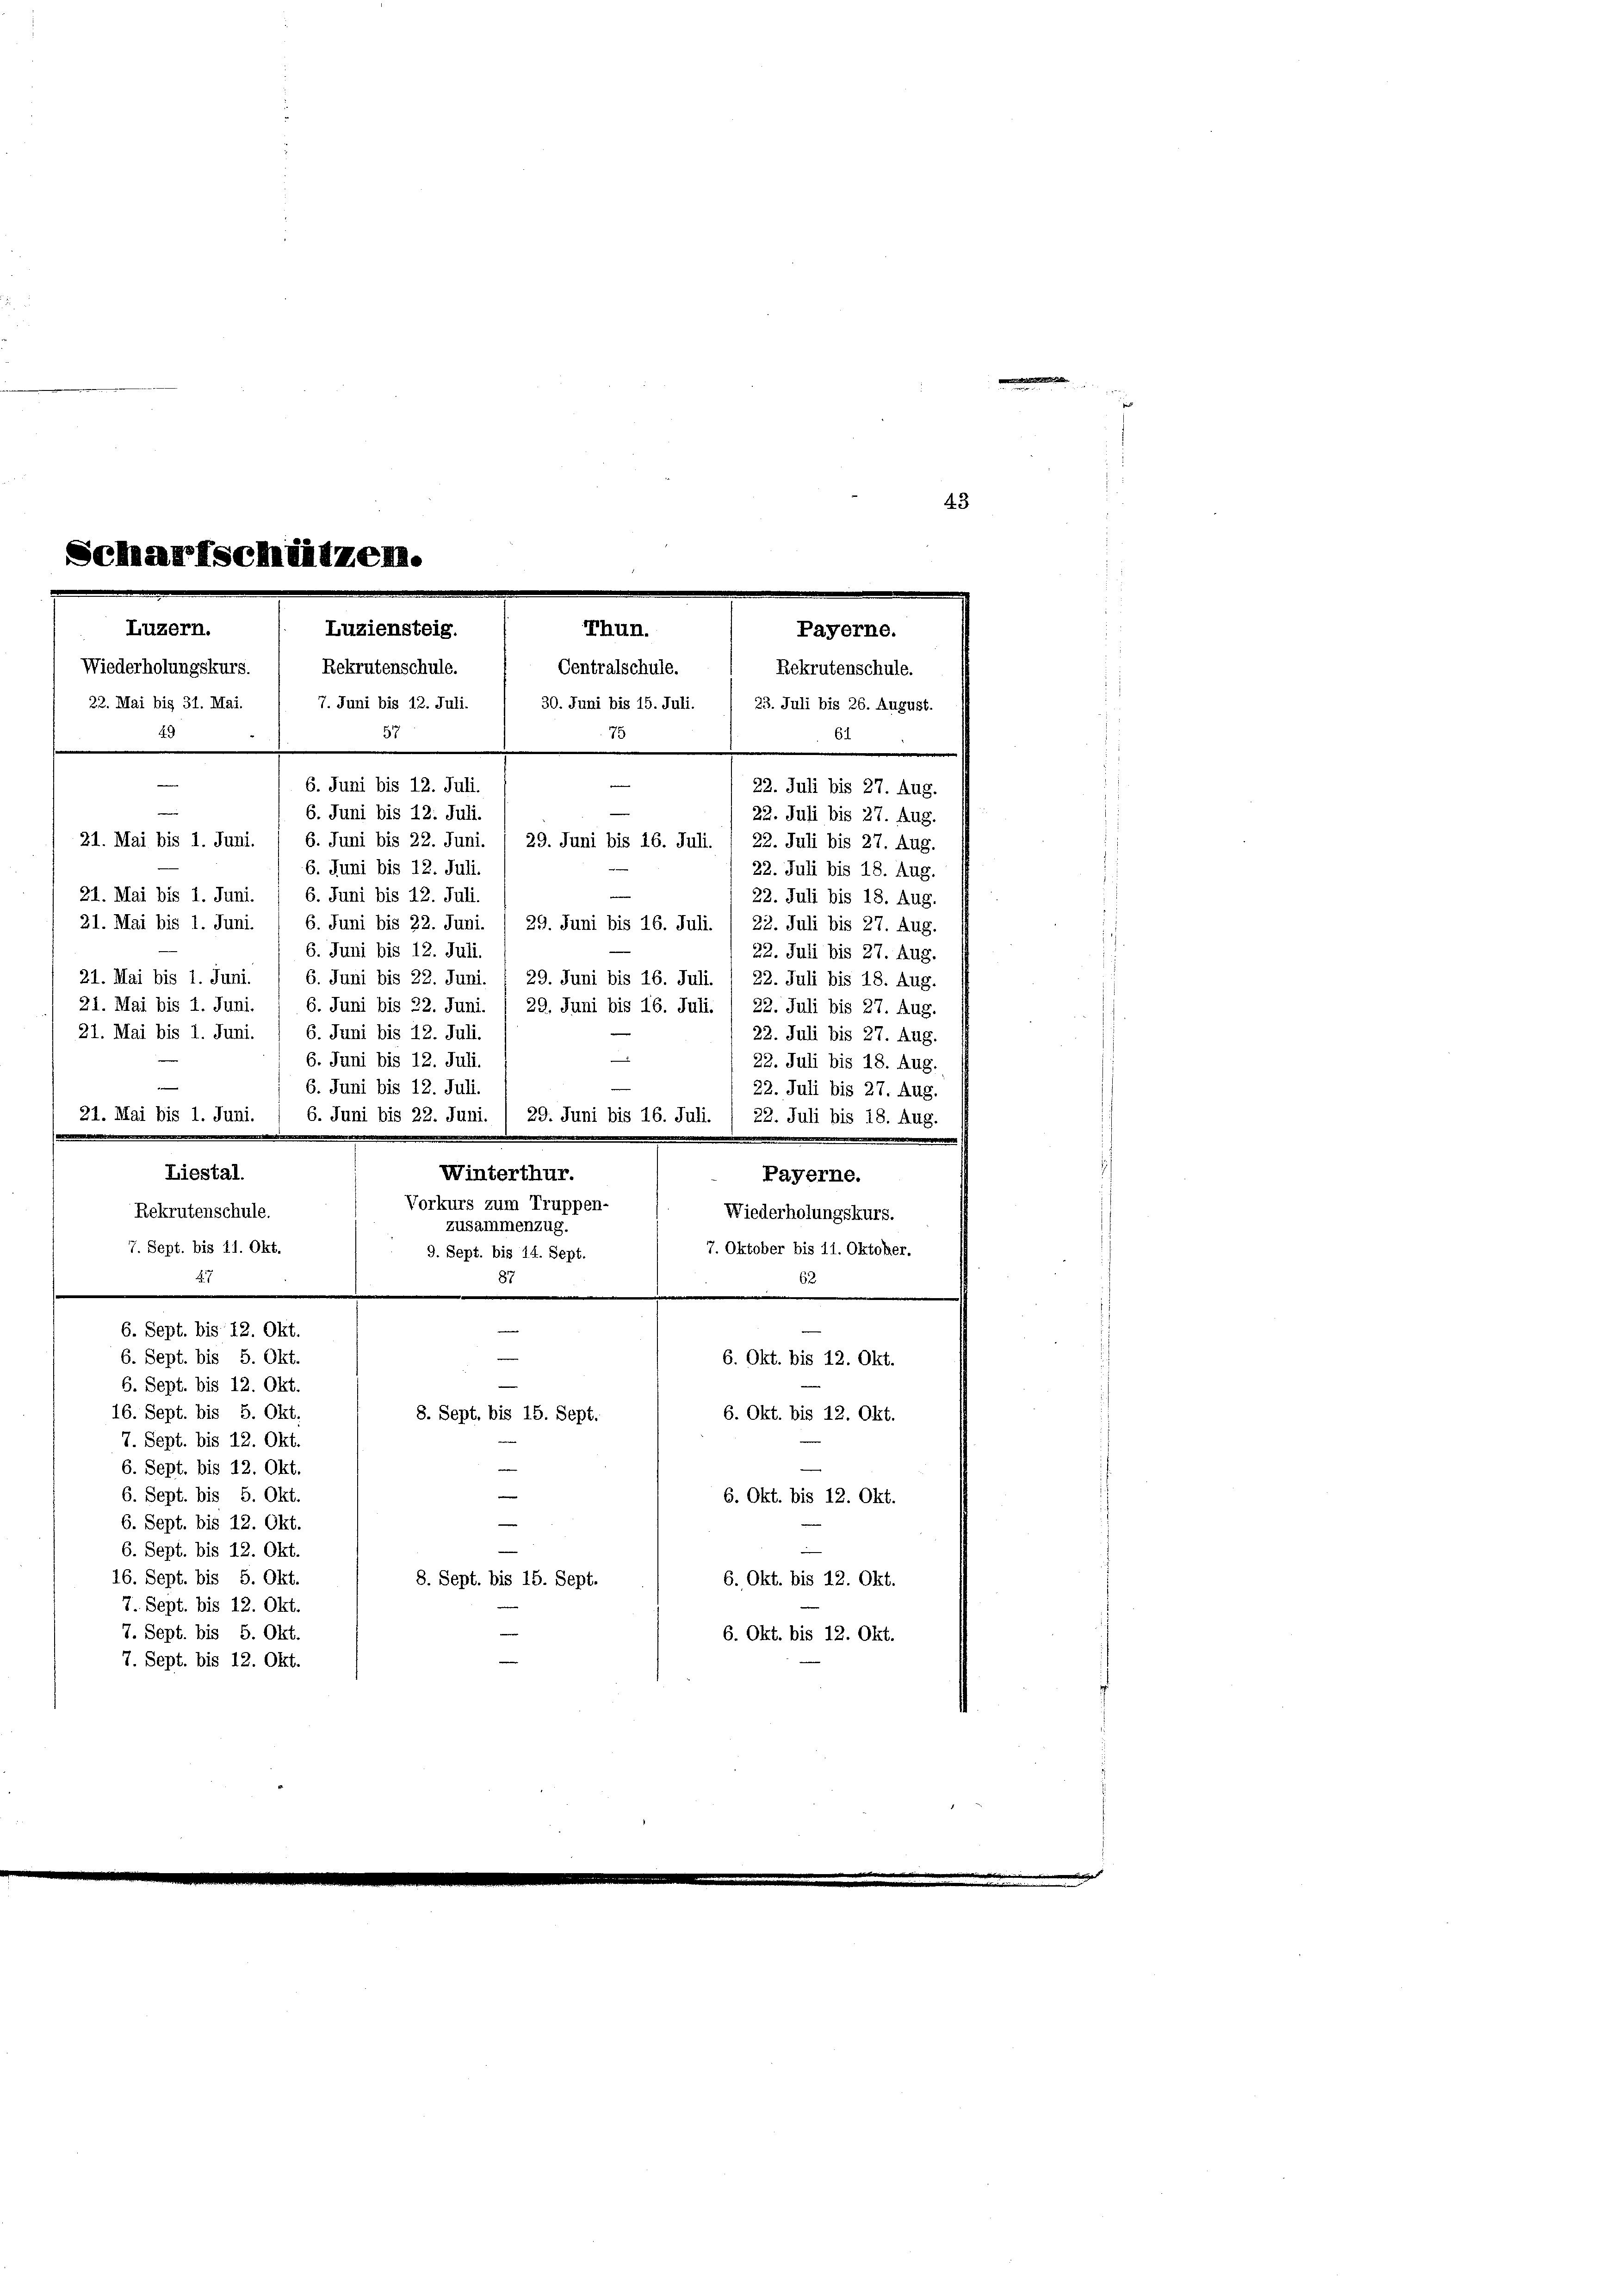
Scharfschützen.
Luzern.
TThun.
Luziensteig.
Payerne.
Wiederholungskurs.  Rekrutenschule.
Centralschule.
Rekrutenschule.
22. Mai bis 31. Mai. 1 7. Juni bis 12. Juli. / 30. Juni bis 15. Juli. / 23. Juli bis 26. August.
57
49
61
1
e
6. Juni bis 12. Juli.
22. Juli bis 27. Aug.

—
6. Juni bis 12. Juli.
22. Juli bis 27. Aug.
21. Mai bis 1. Juni. / 6. Juni bis 22. Juni. / 29. Juni bis 16. Juli. / 22. Juli bis 27. Aug.
6. Juni bis 12. Juli.
22. Juli bis 18. Aug.
21. Mai bis 1. Juni. / 6. Juni bis 12. Juli.
22. Juli bis 18. Aug.
21. Mai bis 1. Juni. 1 6. Juni bis 22. Juni. / 29. Juni bis 16. Juli. / 22. Juli bis 27. Aug.
6. Juni bis 12. Juli.
21. Mai bis 1. Juni. / 6. Juni bis 22. Juni. § 29. Juni bis 16. Juli. / 22. Juli bis 18. Aug.
21. Mai bis 1. Juni. 1 6. Juni bis 22. Juni. 1 29. Juni bis 16. Juli. / 22. Juli bis 27. Aug.
21. Mai bis 1. Juni. / 6. Juni bis 12. Juli.
6. Juni bis 12. Juli.
6. Juni bis 12. Juli.
21. Mai bis 1. Juni. / 6. Juni bis 22. Juni. / 29. Juni bis 16. Juli. / 22. Juli bis 18. Aug.
Winterthur.
Liestal.
Vorkurs zum Truppen-
Rekrutenschule.
Wiederholungskurs.
zusammenzug.
7. Oktober bis 11. Oktober.
7. Sept. bis 11. Okt.
9. Sept. bis 14. Sept.
27
87
62
6. Sept. bis 12. Okt.
6. Sept. bis 5. Okt.
6. Okt. bis 12. Okt.
6. Sept. bis 12. Okt.
16. Sept. bis 5. Okt.
8. Sept, bis 15. Sept.
6. Okt. bis 12. Okt.
7. Sept. bis 12. Okt.
6. Sept. bis 12. Okt.
6. Sept. bis 5. Okt.
6. Okt. bis 12. Okt.
6. Sept. bis 12. Okt.
6. Sept. bis 12. Okt.
16. Sept. bis 5. Okt.
8. Sept. bis 15. Sept.
6. Okt. bis 12. Okt.
7. Sept. bis 12. Okt.
7. Sept. bis 5. Okt.
6. Okt. bis 12. Okt.
7. Sept. bis 12. Okt.

22. Juli bis 27. Aug.
22. Juli bis 27. Aug.
22. Juli bis 18. Aug.
22. Juli bis 27. Aug.

Payerne.

43